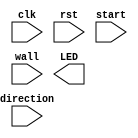


module exam_1_C(
    input wire clk,
    input wire rst,
    input wire start,
    input wire direction,
    input wire wall,
    output reg [15:0] LED
);
    // Your code here

endmodule

// You can add any module here if needed.

module clock_divisor(
        input wire rst,
        input wire clk,
        output wire clk_div
);

    // You can use this module in your design without any modification,
    // but you still can modify this module if needed.
    parameter n = 10;
    reg [n-1:0]current = 0;
    
    always @(posedge clk or posedge rst) begin
        if(rst)
            current <= 0;
        else
            current <= current + 1;
    end
    
    assign clk_div = current[n-1];
    
endmodule